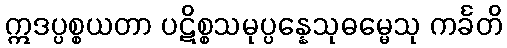
ဣဒပ္ပစ္စယတာ ပဋိစ္စသမုပ္ပန္နေသုဓမ္မေသု ကင်္ခတိ